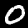
Label: 0